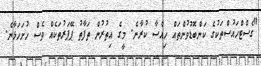
"ގެސްޓްހައުސްތަކުގެ ކަންބޮޑުވުންތައް ހިއްސާ ކުރާނެ. މީގެ އިތުރުން ތަފާތު ޕޭޕަރުތަކެއް ވެސް ހުށަހަޅާނެ.